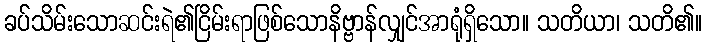
ခပ်သိမ်းသောဆင်းရဲ၏ငြိမ်းရာဖြစ်သောနိဗ္ဗာန်လျှင်အာရုံရှိသော။ သတိယာ၊ သတိ၏။